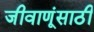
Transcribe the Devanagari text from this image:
जीवाणूंसाठी